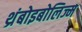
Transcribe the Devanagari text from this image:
थ्रंबोइबोलिज्म